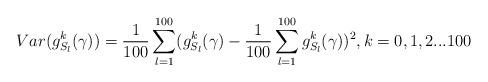
LaTeX: \begin{align*}\begin{aligned}Var(g_{S_l}^k(\gamma))=\frac{1}{100}\sum_{l=1}^{100}(g_{S_l}^k(\gamma)-\frac{1}{100}\sum_{l=1}^{100}g_{S_l}^k(\gamma))^2, k=0,1,2...100\end{aligned}\end{align*}